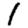
Digit: 1